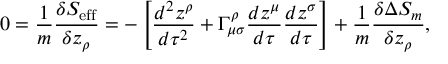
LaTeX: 0 = \frac { 1 } { m } \frac { \delta S _ { \mathrm { e f f } } } { \delta z _ { \rho } } = - \left[ \frac { d ^ { 2 } z ^ { \rho } } { d \tau ^ { 2 } } + \Gamma _ { \mu \sigma } ^ { \rho } \frac { d z ^ { \mu } } { d \tau } \frac { d z ^ { \sigma } } { d \tau } \right] + \frac { 1 } { m } \frac { \delta \Delta S _ { m } } { \delta z _ { \rho } } ,